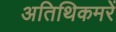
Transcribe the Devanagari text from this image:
अतिथिकमरें